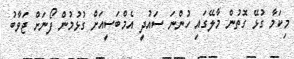
މިކަމާ ގުޅޭ ގޮތުން މާލޭގައި ހުންނަ ސައުދީ އެމްބަސީއަށް ގުޅުމުން ފޯނަށް ޖަވާބު